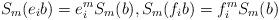
LaTeX: \begin{align*}S_m(e_ib)=e_i^mS_m(b), S_m(f_ib)=f_i^mS_m(b)\end{align*}